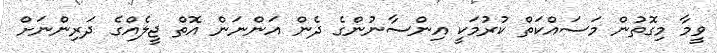
ވީމާ މިގޮތުން މަސައްކަތް ކުރުމަކީ އިންސާނުންގެ ދެން އަންނަން އޮތް ޖީލެއްގެ ދަރިންނަށް